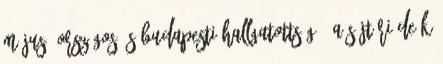
május, országos és budapesti hallgatottság - A söjtöri Deák